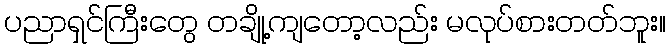
ပညာရှင်ကြီးတွေ တချို့ကျတော့လည်း မလုပ်စားတတ်ဘူး။